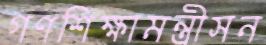
গণশিক্ষামন্ত্রীসন